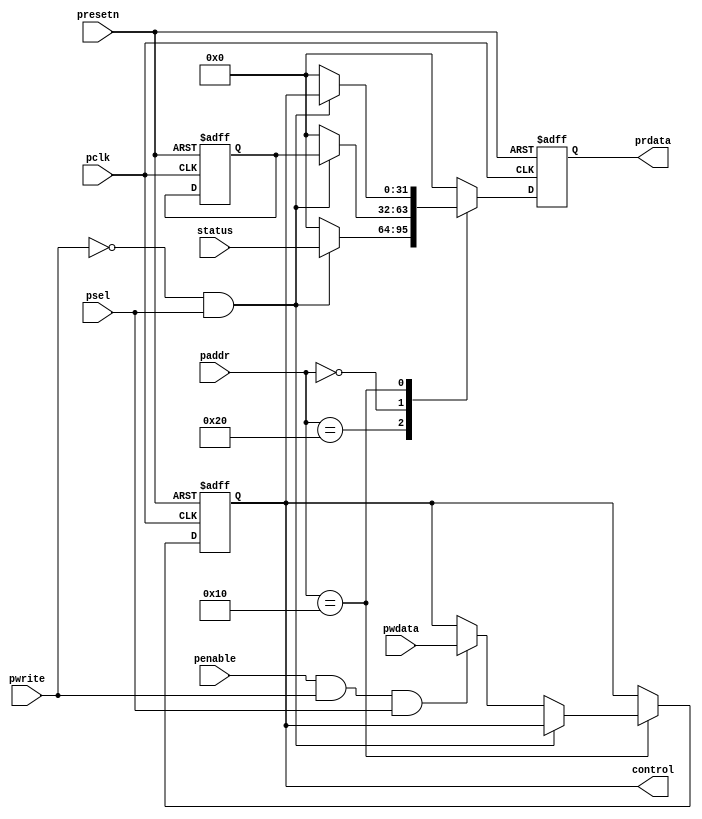
module apb_ctrl_status(
   input               pclk,
   input               presetn,
   input               penable,
   input               psel,
   input       [7:0]   paddr,
   input               pwrite,
   input       [31:0]  pwdata,
   output  reg [31:0]  prdata,
   output      [31:0]  control,
   input       [31:0]  status
   );


   localparam [7:0] STATUS      = 8'h20; // READ-ONLY REGISTER
   localparam [7:0] CONTROL_1   = 8'h10; // READ/WRITE Register  0=0 4=1 8=2 c=3 10=4
   localparam [7:0] CONTROL_0   = 8'h00; // READ_ONLY DEADBEEF REGISTER

   reg  [31:0] control0;
   reg  [31:0] control1;
   wire [31:0] control = control1;

   wire rd_enable;
   wire wr_enable;

   assign wr_enable = (penable && pwrite && psel);
   assign rd_enable = (!pwrite && psel);

   always@(posedge pclk or negedge presetn)
   begin
      if(~presetn)
         begin
            prdata <= 'b0;
            control0 <= 32'hdeadbeef;
            control1 <= 32'h00000000;
         end
      else
         begin
            prdata <= 32'b0;
            case(paddr[7:0])
               STATUS:
                  begin
                    if (rd_enable)
                        begin
                           prdata <= status;
                        end
                  end
               CONTROL_0:
                  begin
                    if (rd_enable)
                        begin
                           prdata <= control0; // deadbeef
                        end
                  end
                CONTROL_1:
                    begin
                      if (rd_enable)
                        begin
                            prdata <= control1;
                        end
                      else if (wr_enable)
                        begin
                            control1 <= pwdata;
                        end
                    end
               default:
                  begin
                     prdata <= 32'b0;
                  end
            endcase
         end
   end
endmodule